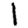
Digit: 1